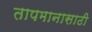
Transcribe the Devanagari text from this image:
तापमानासाठी